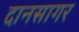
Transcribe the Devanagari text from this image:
दानसागर